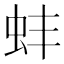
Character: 蚌